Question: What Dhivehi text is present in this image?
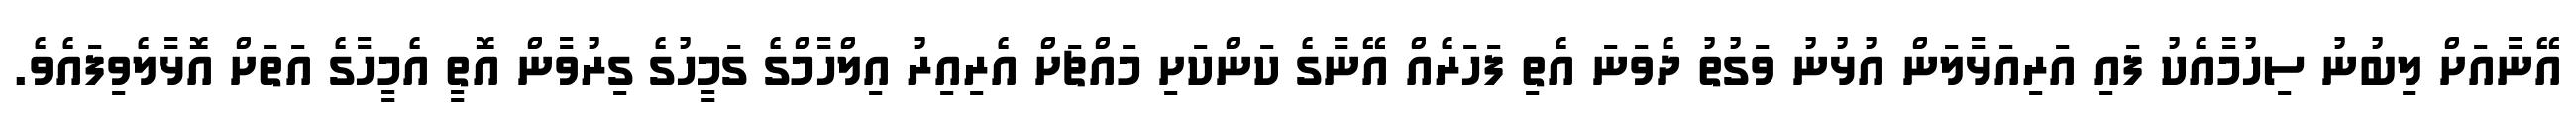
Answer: އޭނާއަށް ލިބުނު ސިހުމާއެކު ފައި އަރިއަޅާލަން އުޅުނު ވަގުތު ދެވަނަ އެތި ފަހަރެއް އޭނާގެ ކަންކަށި މައްޗަށް އެރިއިރު އިލްހާމްގެ ގަމީހުގެ ގިރުވާން އޮތީ އެމީހާގެ އަތަށް އޮޅާލެވިފައެވެ.